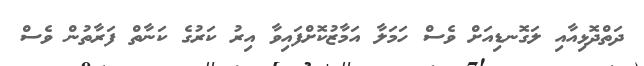
ދަތްދޮޅިއާއި ލަގޮނޑިއަށް ވެސް ހަމަލާ އަމާޒުކޮށްފައިވާ އިރު ކަރުގެ ކަނާތް ފަރާތުން ވެސް